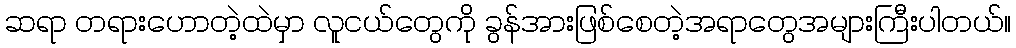
ဆရာ တရားဟောတဲ့ထဲမှာ လူငယ်တွေကို ခွန်အားဖြစ်စေတဲ့အရာတွေအများကြီးပါတယ်။